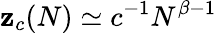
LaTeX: \mathbf{z}_{c}(N)\simeq{c}^{-1}N^{\beta-1}